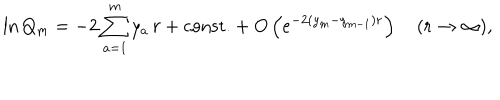
\ln Q _ { m } = - 2 \sum _ { a = 1 } ^ { m } y _ { a } \, r + \mathrm { c o n s t . } + O \left( e ^ { - 2 ( y _ { m } - y _ { m - 1 } ) r } \right) \quad ( r \to \infty ) ,